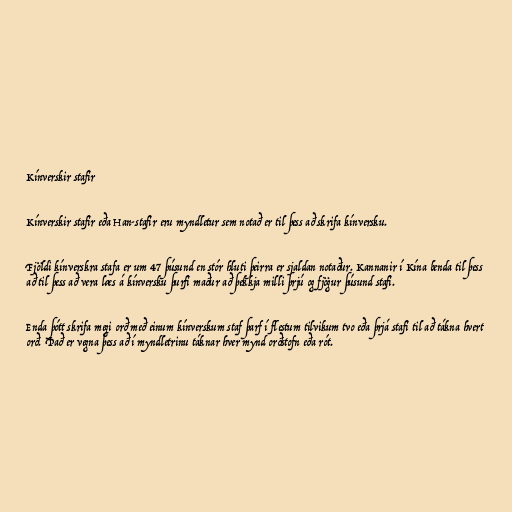
Kínverskir stafir

Kínverskir stafir eða Han-stafir eru myndletur sem notað er til þess að skrifa kínversku.

Fjöldi kínverskra stafa er um 47 þúsund en stór hluti þeirra er sjaldan notaður. Kannanir í Kína benda til þess
að til þess að vera læs á kínversku þurfi maður að þekkja milli þrjú og fjögur þúsund stafi.

Enda þótt skrifa megi orð með einum kínverskum staf þarf í flestum tilvikum tvo eða þrjá stafi til að tákna hvert
orð. Það er vegna þess að í myndletrinu táknar hver mynd orðstofn eða rót.